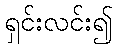
ရှင်းလင်း၍